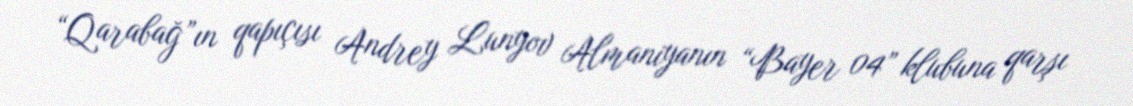
“Qarabağ”ın qapıçısı Andrey Lunyov Almaniyanın “Bayer 04” klubuna qarşı